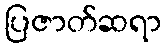
ပြဇာတ်ဆရာ